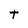
Character: t